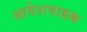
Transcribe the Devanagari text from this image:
आदेशवाहक